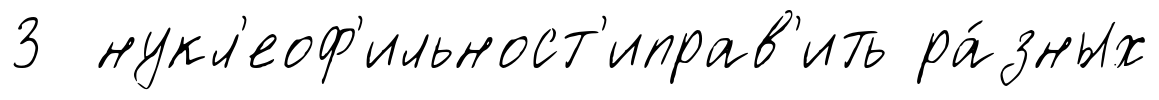
3 нукл'еоф'ильност'иправ'ить ра́зных